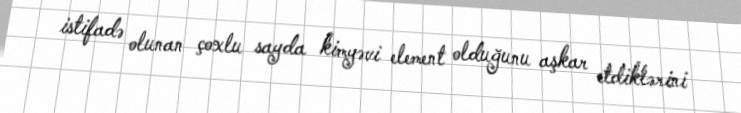
istifadə olunan çoxlu sayda kimyəvi element olduğunu aşkar etdiklərini